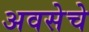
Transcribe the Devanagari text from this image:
अवसेचे